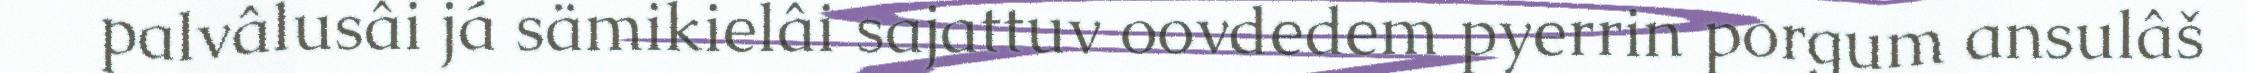
palvâlusâi já sämikielâi sajattuv oovdedem pyerrin porgum ansulâš